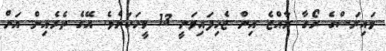
ވައިރަސްގެ ރޯގާ ރާއްޖެ އިން ޖެހިފައިވަނީ 13 މީހަކަށެވެ. އޭގެ ތެރެއިން އަށް